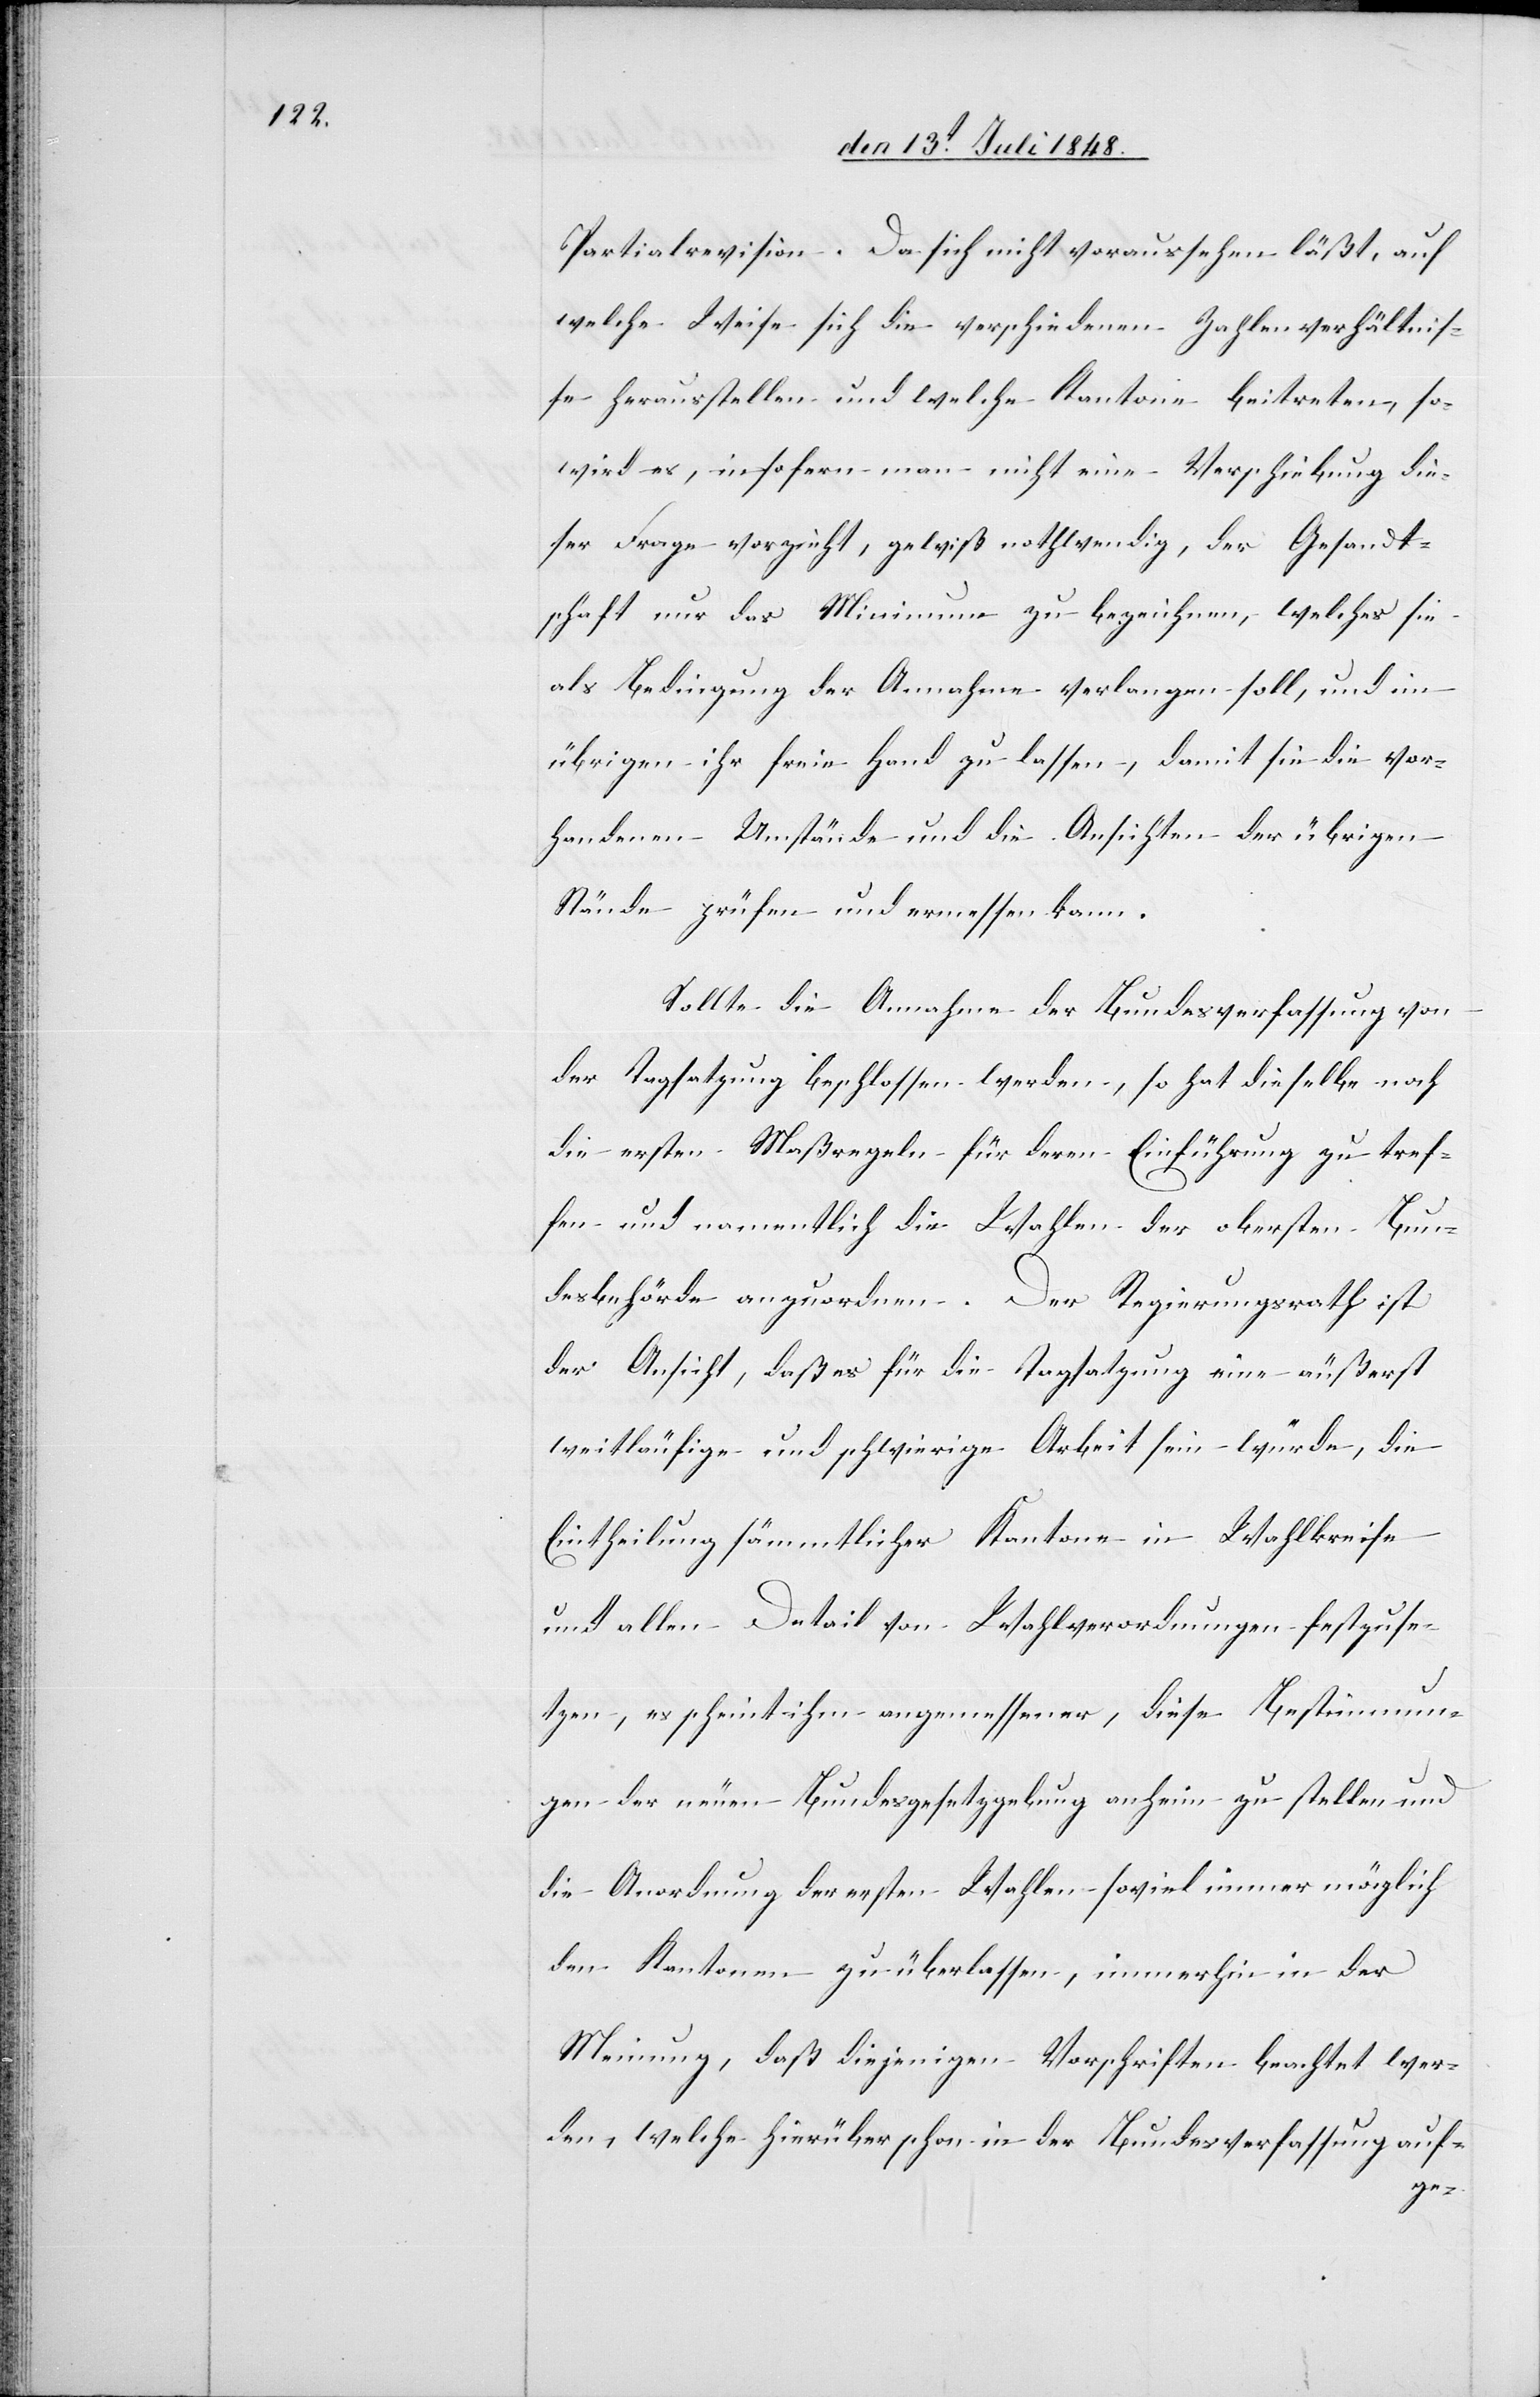
Partialrevision. Da sich nicht voraussehen läßt, auf
welche Weise sich die verschiedenen Zahlenverhältnis¬
se herausstellen und welche Kantone beitreten, so
wird es, insofern man nicht eine Verschiebung die¬
ser Frage vorzieht, gewiß nothwendig, der Gesandt¬
schaft nur das Minimum zu bezeichnen, welches sie
als Bedingung der Annahme verlangen soll, und im
übrigen ihr freie Hand zu lassen, damit sie die vor¬
handenen Umstände und die Ansichten der übrigen
Stände prüfen und ermessen kann.
Sollte die Annahme der Bundesverfassung von
der Tagsatzung beschlossen werden, so hat dieselbe noch
die ersten Maßregeln für deren Einführung zu tref¬
fen und namentlich die Wahlen der obersten Bun¬
desbehörde anzuordnen. Der Regierungsrath ist
der Ansicht, daß es für die Tagsatzung eine äußerst
weitläufige und schwierige Arbeit sein würde, die
Eintheilung sämmtlicher Kantone in Wahlkreise
und allen Detail von Wahlverordnungen festzuse¬
tzen, es scheint ihm angemessener, diese Bestimmun¬
gen der neuen Bundesgesetzgebung anheim zu stellen und
die Anordnung der ersten Wahlen soviel immer möglich
den Kantonen zu überlassen, immerhin in der
Meinung, daß diejenigen Vorschriften beachtet wer¬
den, welche hierüber schon in der Bundesverfassung auf-